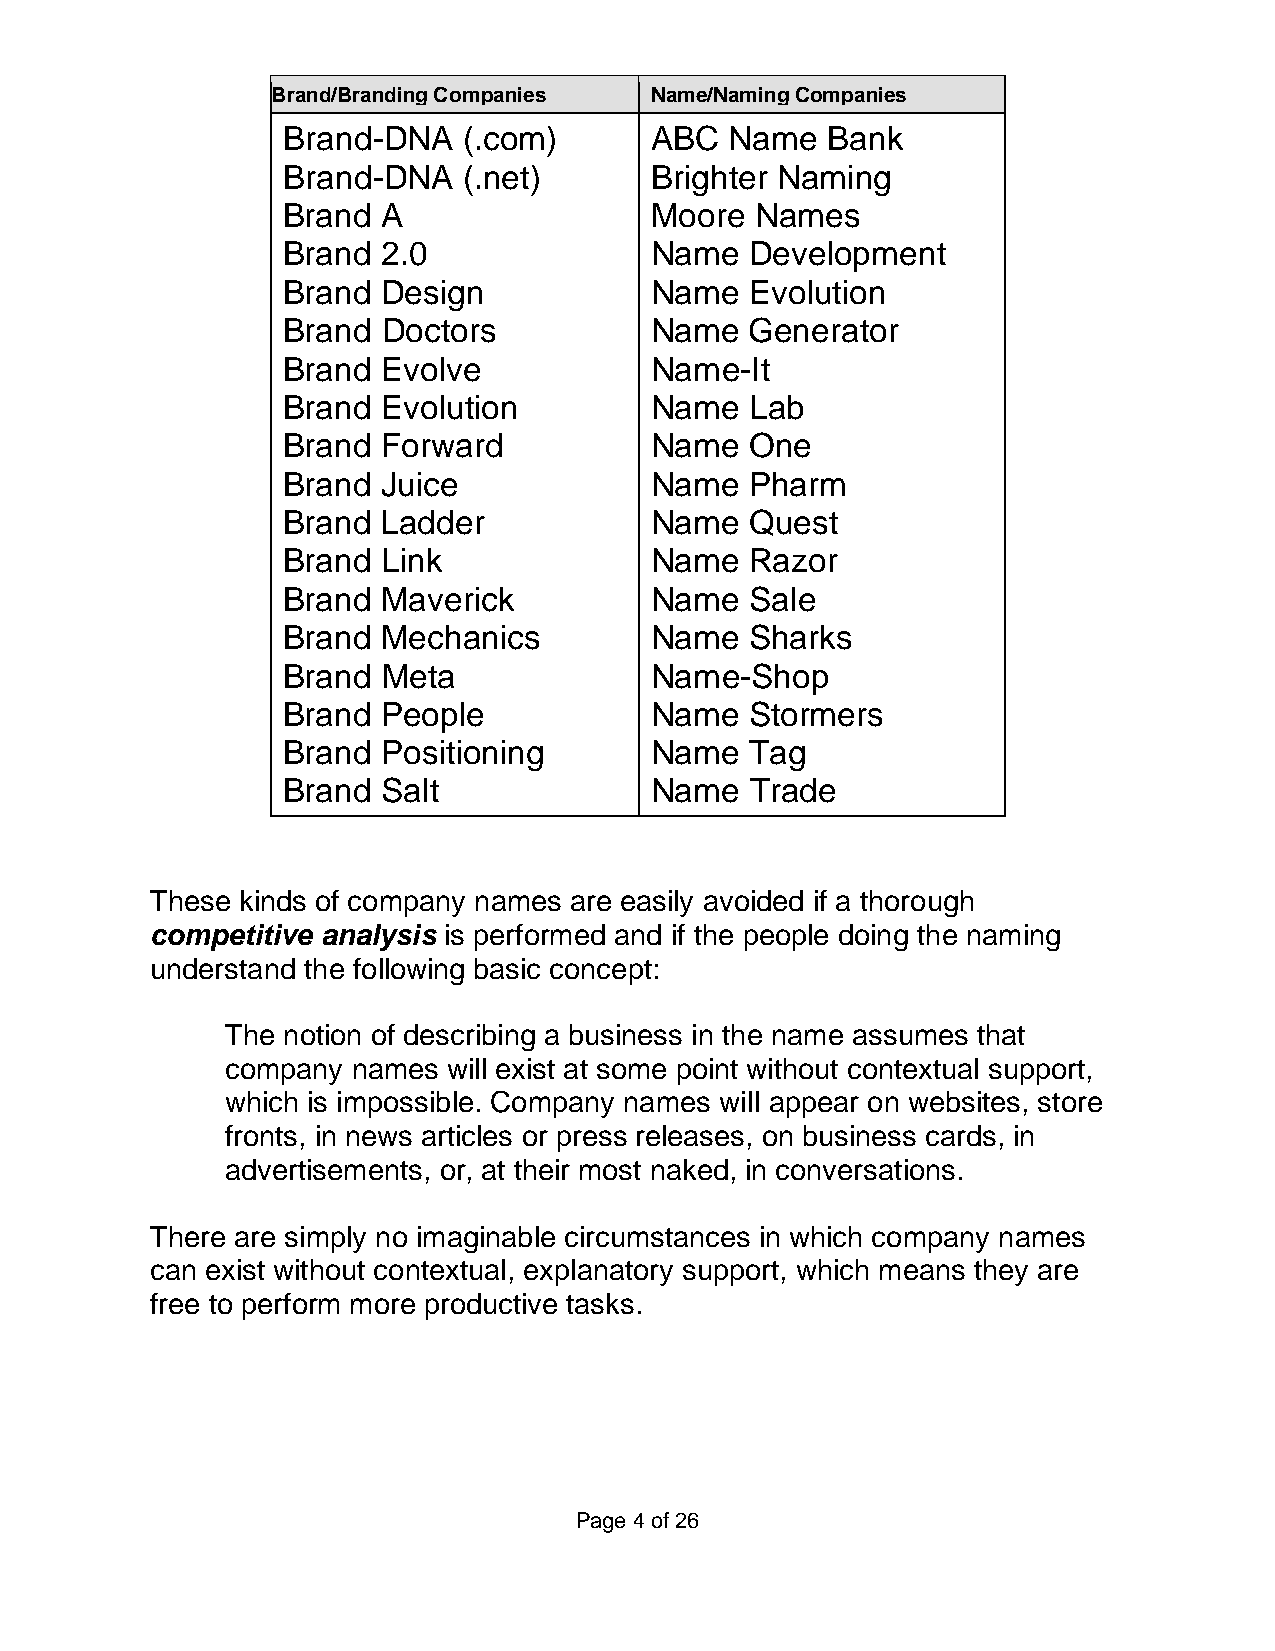
Brand/Branding Companies Name/Naming Companies
 Brand-DNA   (.com)      ABC  Name   Bank
 Brand-DNA   (.net)      Brighter Naming
 Brand A                 Moore  Names
 Brand 2.0               Name   Development
 Brand Design            Name   Evolution
 Brand Doctors           Name   Generator
 Brand Evolve            Name-It
 Brand Evolution         Name   Lab
 Brand Forward           Name   One
 Brand Juice             Name   Pharm
 Brand Ladder            Name   Quest
 Brand Link              Name   Razor
 Brand Maverick          Name   Sale
 Brand Mechanics         Name   Sharks
 Brand Meta              Name-Shop
 Brand People            Name   Stormers
 Brand Positioning       Name   Tag
 Brand Salt              Name   Trade
 These kinds of company names are easily avoided if a thorough
 competitive analysis is performed and if the people doing the naming
 understand the following basic concept:
 The notion of describing a business in the name assumes that
 company names  will exist at some point without contextual support,
 which is impossible. Company names will appear on websites, store
 fronts, in news articles or press releases, on business cards, in
 advertisements, or, at their most naked, in conversations.
 There are simply no imaginable circumstances in which company names
 can exist without contextual, explanatory support, which means they are
 free to perform more productive tasks.
 Page 4 of 26